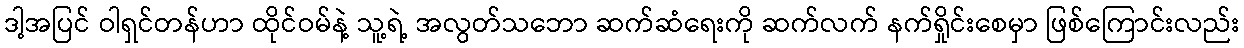
ဒါ့အပြင် ဝါရှင်တန်ဟာ ထိုင်ဝမ်နဲ့ သူ့ရဲ့ အလွတ်သဘော ဆက်ဆံရေးကို ဆက်လက် နက်ရှိုင်းစေမှာ ဖြစ်ကြောင်းလည်း